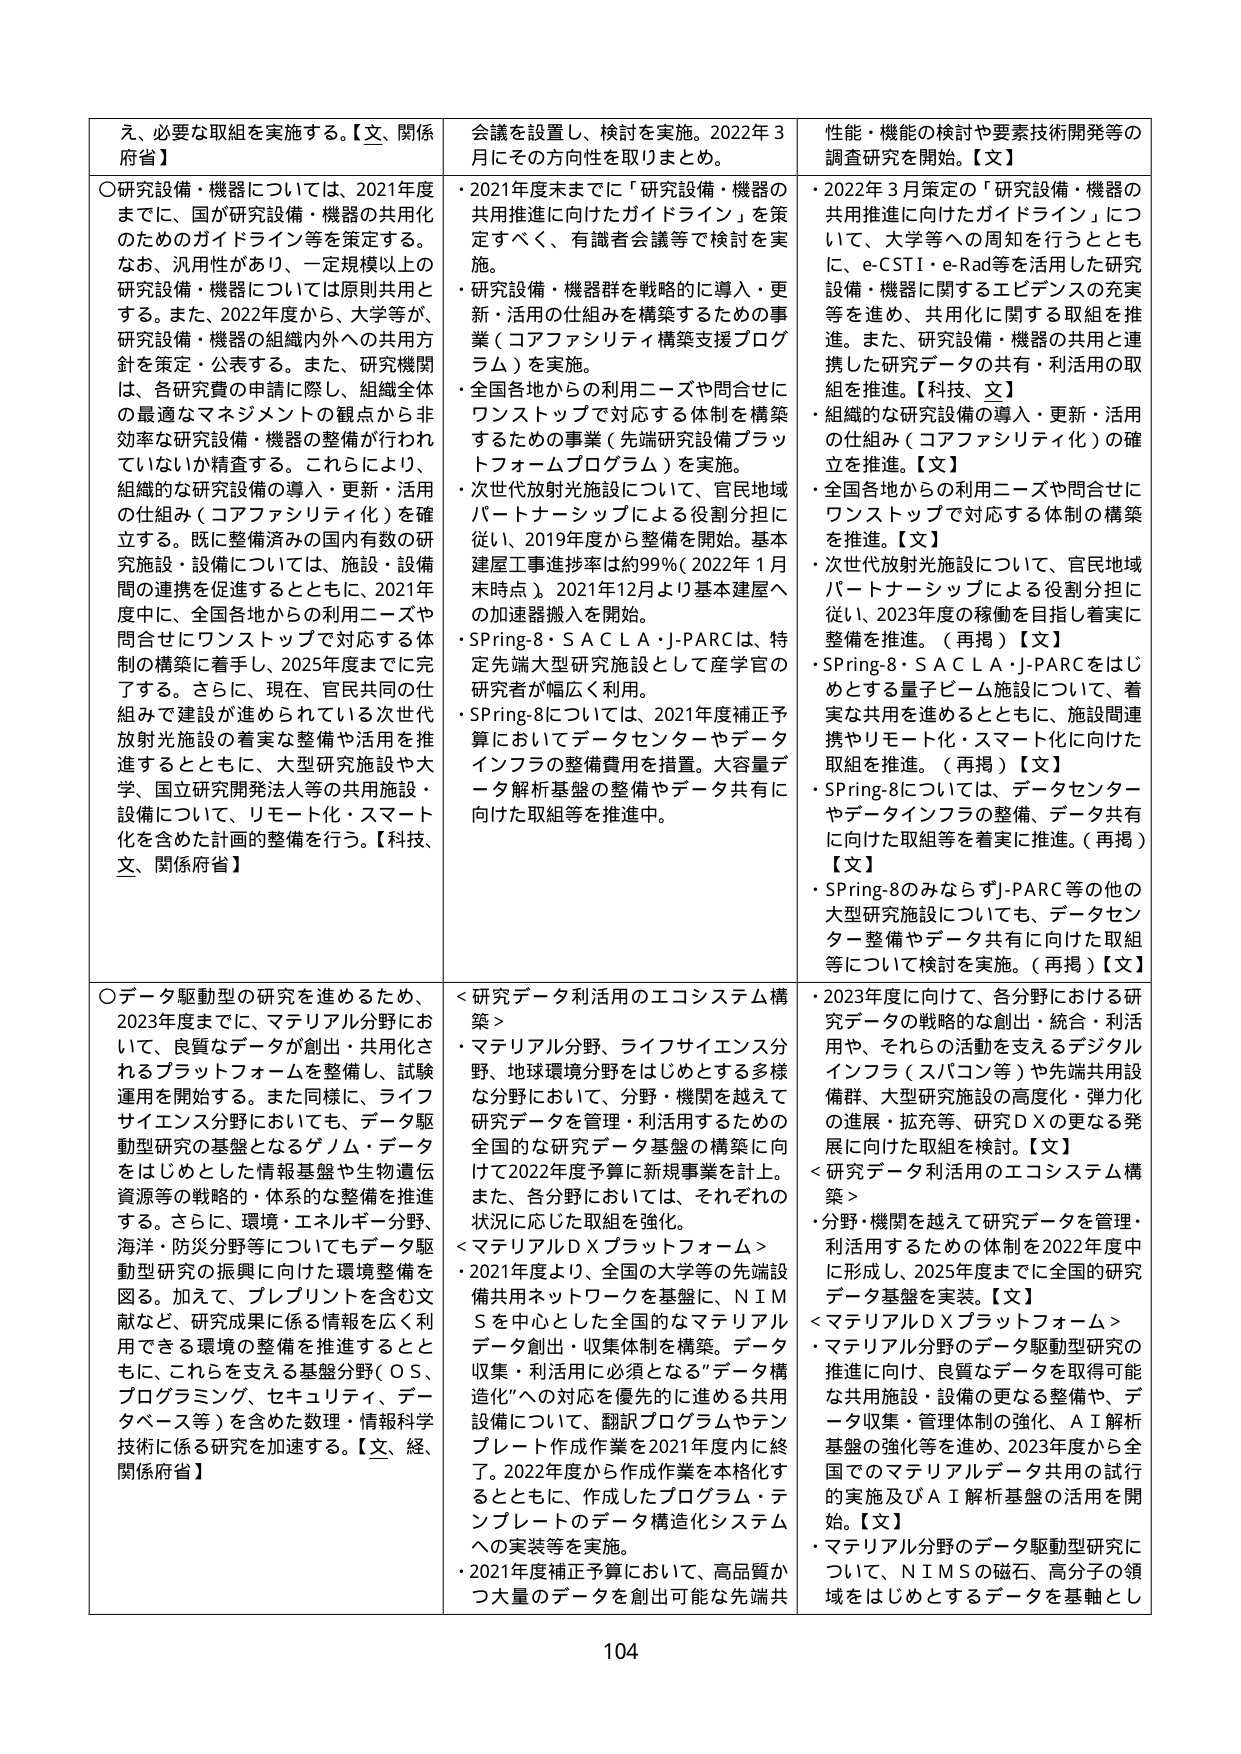
え、必要な取組を実施する。【文、関係府省】

○研究設備・機器については、2021年度までに、国が研究設備・機器の共用化のためのガイドライン等を策定する。なお、汎用性があり、一定規模以上の研究設備・機器については原則共用とする。また、2022年度から、大学等が、研究設備・機器の組織内外への共用方針を策定・公表する。また、研究機関は、各研究費の申請に際し、組織全体の最適なマネジメントの観点から非効率な研究設備・機器の整備が行われていないか精査する。これらにより、組織的な研究設備の導入・更新・活用の仕組み（コアファシリティ）を確立する。既に整備済みの国内有数の研究施設・設備については、施設・設備間の連携を促進するとともに、2021年度中に、全国各地からの利用ニーズや問合せにワンストップで対応する体制の構築に着手し、2025年度までに完了する。さらに、現在、官民共同の仕組みで建設が進められている次世代放射光施設の着実な整備や活用を推進するとともに、大型研究施設や大学、国立研究開発法人等の共用施設・設備について、リモート化・スマート化を含めた計画の整備を行う。【科技、文、関係府省】

○データ駆動型の研究を進めるため、2023年度までに、マテリアル分野において、良質なデータが創出・共用化されるプラットフォームを整備し、試験運用を開始する。また同様に、ライフサイエンス分野においても、データ駆動型研究の基盤となるゲノム・データをはじめとした情報基盤や生物遺伝資源等の戦略的・体系的な整備を推進する。さらに、環境・エネルギー分野、海洋・防災分野等についてもデータ駆動型研究の振興に向けた環境整備を図る。加えて、プレプリントを含む文献など、研究成果に係る情報を広く利用できる環境の整備を推進するとともに、これらを支える基盤分野（ＯＳ、プログラミング、セキュリティ、データベース等）を含めた数理・情報科学技術に係る研究を加速する。【文、経、関係府省】

会議を設置し、検討を実施。2022年3月にその方向性を取りまとめ。

・2021年度末までに「研究設備・機器の共用推進に向けたガイドライン」を策定すべく、有識者会議等で検討を実施。
・研究設備・機器群を戦略的に導入・更新・活用の仕組みを構築するための事業（コアファシリティ構築支援プログラム）を実施。
・全国各地からの利用ニーズや問合せにワンストップで対応する体制を構築するための事業（先端研究設備プラットフォームプログラム）を実施。
・次世代放射光施設について、官民地域パートナーシップによる役割分担に従い、2019年度から整備を開始。基本建屋工事進捗率は約99％（2022年1月末時点）。2021年12月より基本建屋への加速器搬入を開始。
・SPRING-8・SACLA・J-PARCは、特定先端大型研究施設として産学官の研究者が幅広く利用。
・SPRING-8については、2021年度補正予算においてデータセンターやデータインフラの整備費用を措置。大容量データ解析基盤の整備やデータ共有に向けた取組等を推進中。

＜研究データ利活用のエコシステム構築＞
・マテリアル分野、ライフサイエンス分野、地球環境分野をはじめとする多様な分野において、分野・機関を越えて研究データを管理・利活用するための全国的な研究データ基盤の構築に向けて2022年度予算に新規事業を計上。また、各分野においては、それぞれの状況に応じた取組を強化。

＜マテリアルDXプラットフォーム＞
・2021年度より、全国の大学等の先端設備共用ネットワークを基盤に、NIMSを中心とした全国的なマテリアルデータ創出・収集体制を構築。データ収集・利活用に必須となる“データ構造化”への対応を優先的に進める共用設備について、翻訳プログラムやテンプレート作成作業を2021年度内に終了。2022年度から作成作業を本格化するとともに、作成したプログラム・テンプレートのデータ構造化システムへの実装等を実施。
・2021年度補正予算において、高品質かつ大量のデータを創出可能な先端共

性能・機能の検討や要素技術開発等の調査研究を開始。【文】

・2022年3月策定の「研究設備・機器の共用推進に向けたガイドライン」について、大学等への周知を行うとともに、e-CSTI・e-Rad等を活用した研究設備・機器に関するエビデンスの充実等を進め、共用化に関する取組を推進。また、研究設備・機器の共用と連携した研究データの共有・利活用の取組を推進。【科技、文】
・組織的な研究設備の導入・更新・活用の仕組み（コアファシリティ）の確立を推進。【文】
・全国各地からの利用ニーズや問合せにワンストップで対応する体制の構築を推進。【文】
・次世代放射光施設について、官民地域パートナーシップによる役割分担に従い、2023年度の稼働を目指し着実に整備を推進。（再掲）【文】
・SPRING-8・SACLA・J-PARCをはじめとする量子ビーム施設について、着実な共用を進めるとともに、施設間連携やリモート化・スマート化に向けた取組を推進。（再掲）【文】
・SPRING-8については、データセンターやデータインフラの整備、データ共有に向けた取組等を着実に推進。（再掲）【文】
・SPRING-8のみならずJ-PARC等の他の大型研究施設についても、データセンター整備やデータ共有に向けた取組等について検討を実施。（再掲）【文】

・2023年度に向けた、各分野における研究データの戦略的な創出・統合・利活用や、それらの活動を支えるデジタルインフラ（スパコン等）や先端共用設備群、大型研究施設の高度化・弾力化の進展・拡充等、研究DXの更なる発展に向けた取組を検討。【文】

＜研究データ利活用のエコシステム構築＞
・分野・機関を越えて研究データを管理・利活用するための体制を2022年度中に形成し、2025年度までに全国的研究データ基盤を実装。【文】

＜マテリアルDXプラットフォーム＞
・マテリアル分野のデータ駆動型研究の推進に向け、良質なデータを取得可能な共用施設・設備の更なる整備や、データ収集・管理体制の強化、AI解析基盤の強化等を進め、2023年度から全国でのマテリアルデータ共用の試行的実施及びAI解析基盤の活用を開始。【文】
・マテリアル分野のデータ駆動型研究について、NIMSの磁石、高分子の領域をはじめとするデータを基軸とし

104